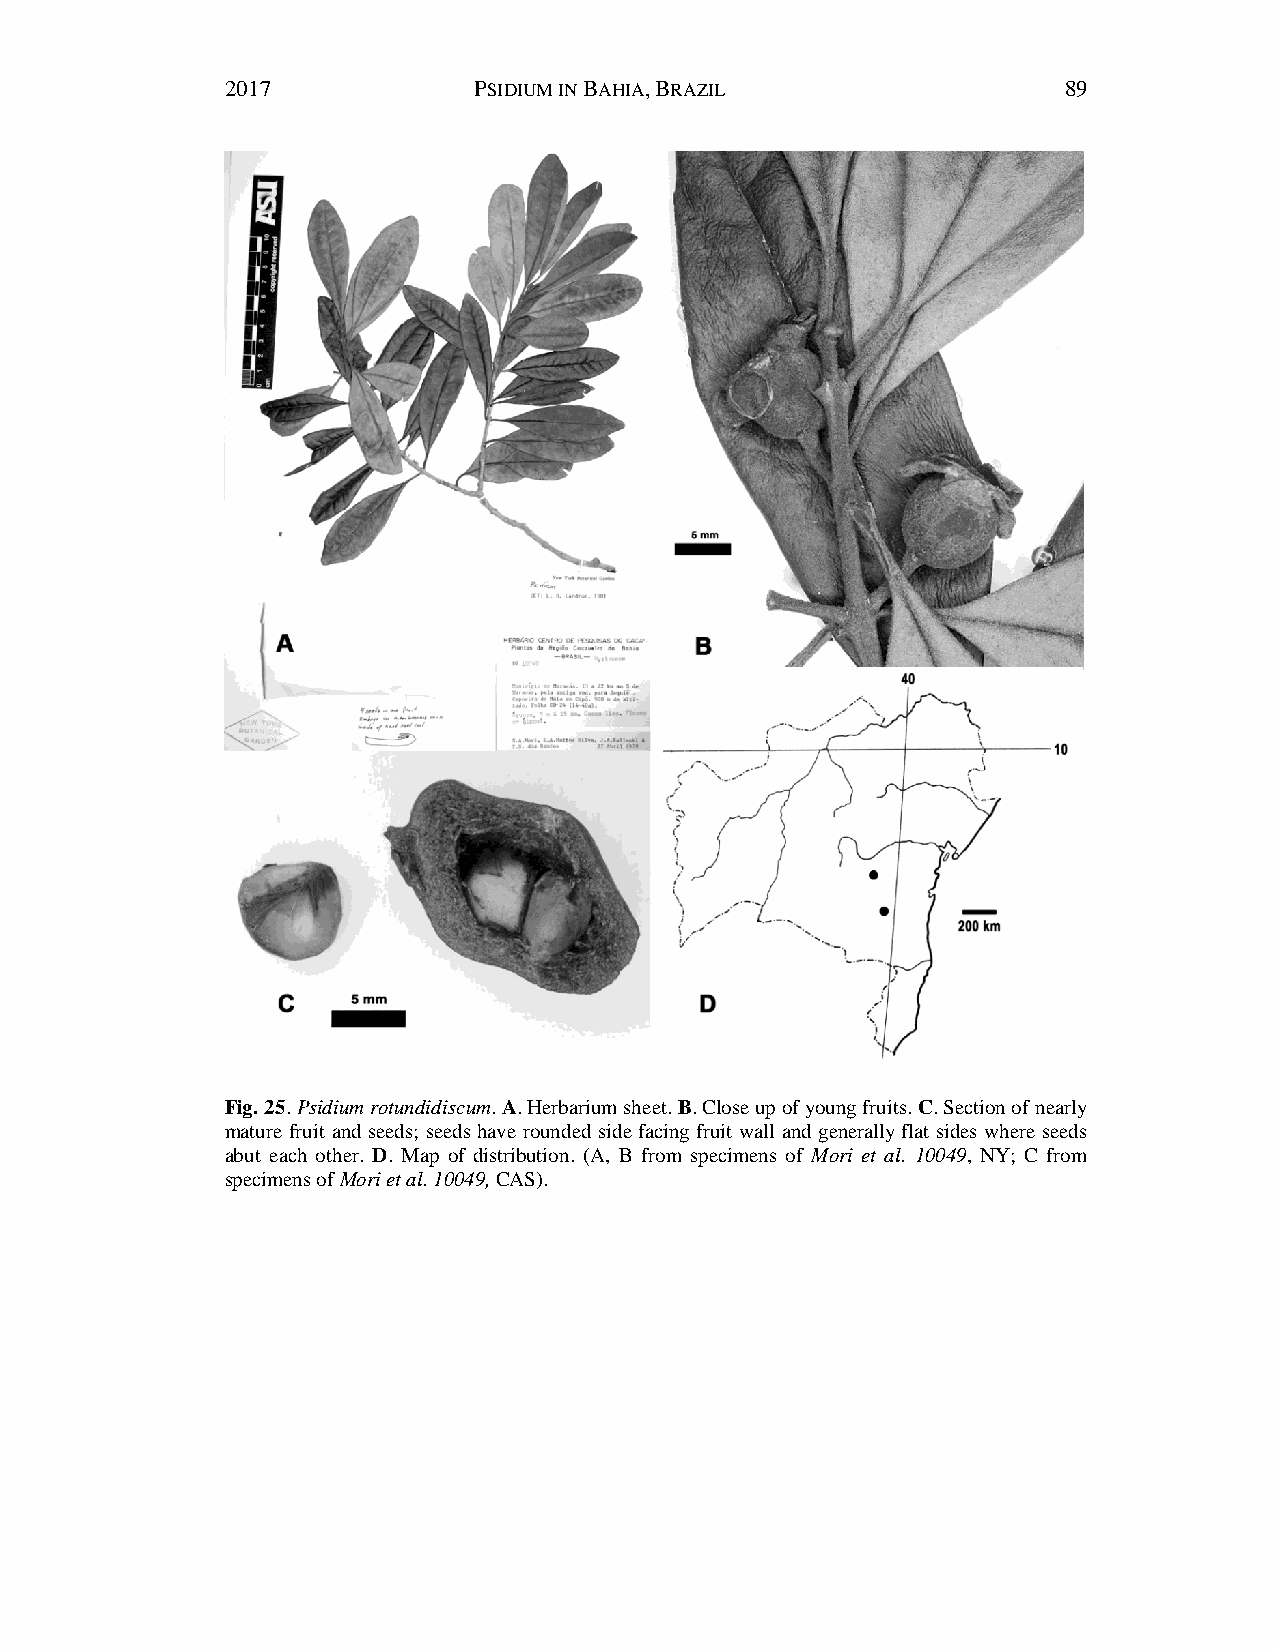
2017            PSIDIUM IN BAHIA, BRAZIL               89
 Fig. 25. Psidium rotundidiscum. A. Herbarium sheet. B. Close up of young fruits. C. Section of nearly
 mature fruit and seeds; seeds have rounded side facing fruit wall and generally flat sides where seeds
 abut each other. D. Map of distribution. (A, B from specimens of Mori et al. 10049, NY; C from
 specimens of Mori et al. 10049, CAS).